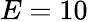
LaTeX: E=10